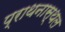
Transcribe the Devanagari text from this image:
प्राथनास्थल